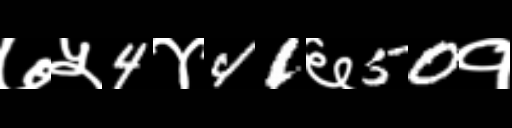
Text: ७५4४41६50१